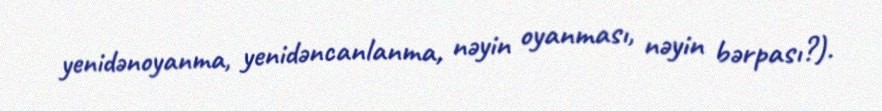
yenidənoyanma, yenidəncanlanma, nəyin oyanması, nəyin bərpası?).